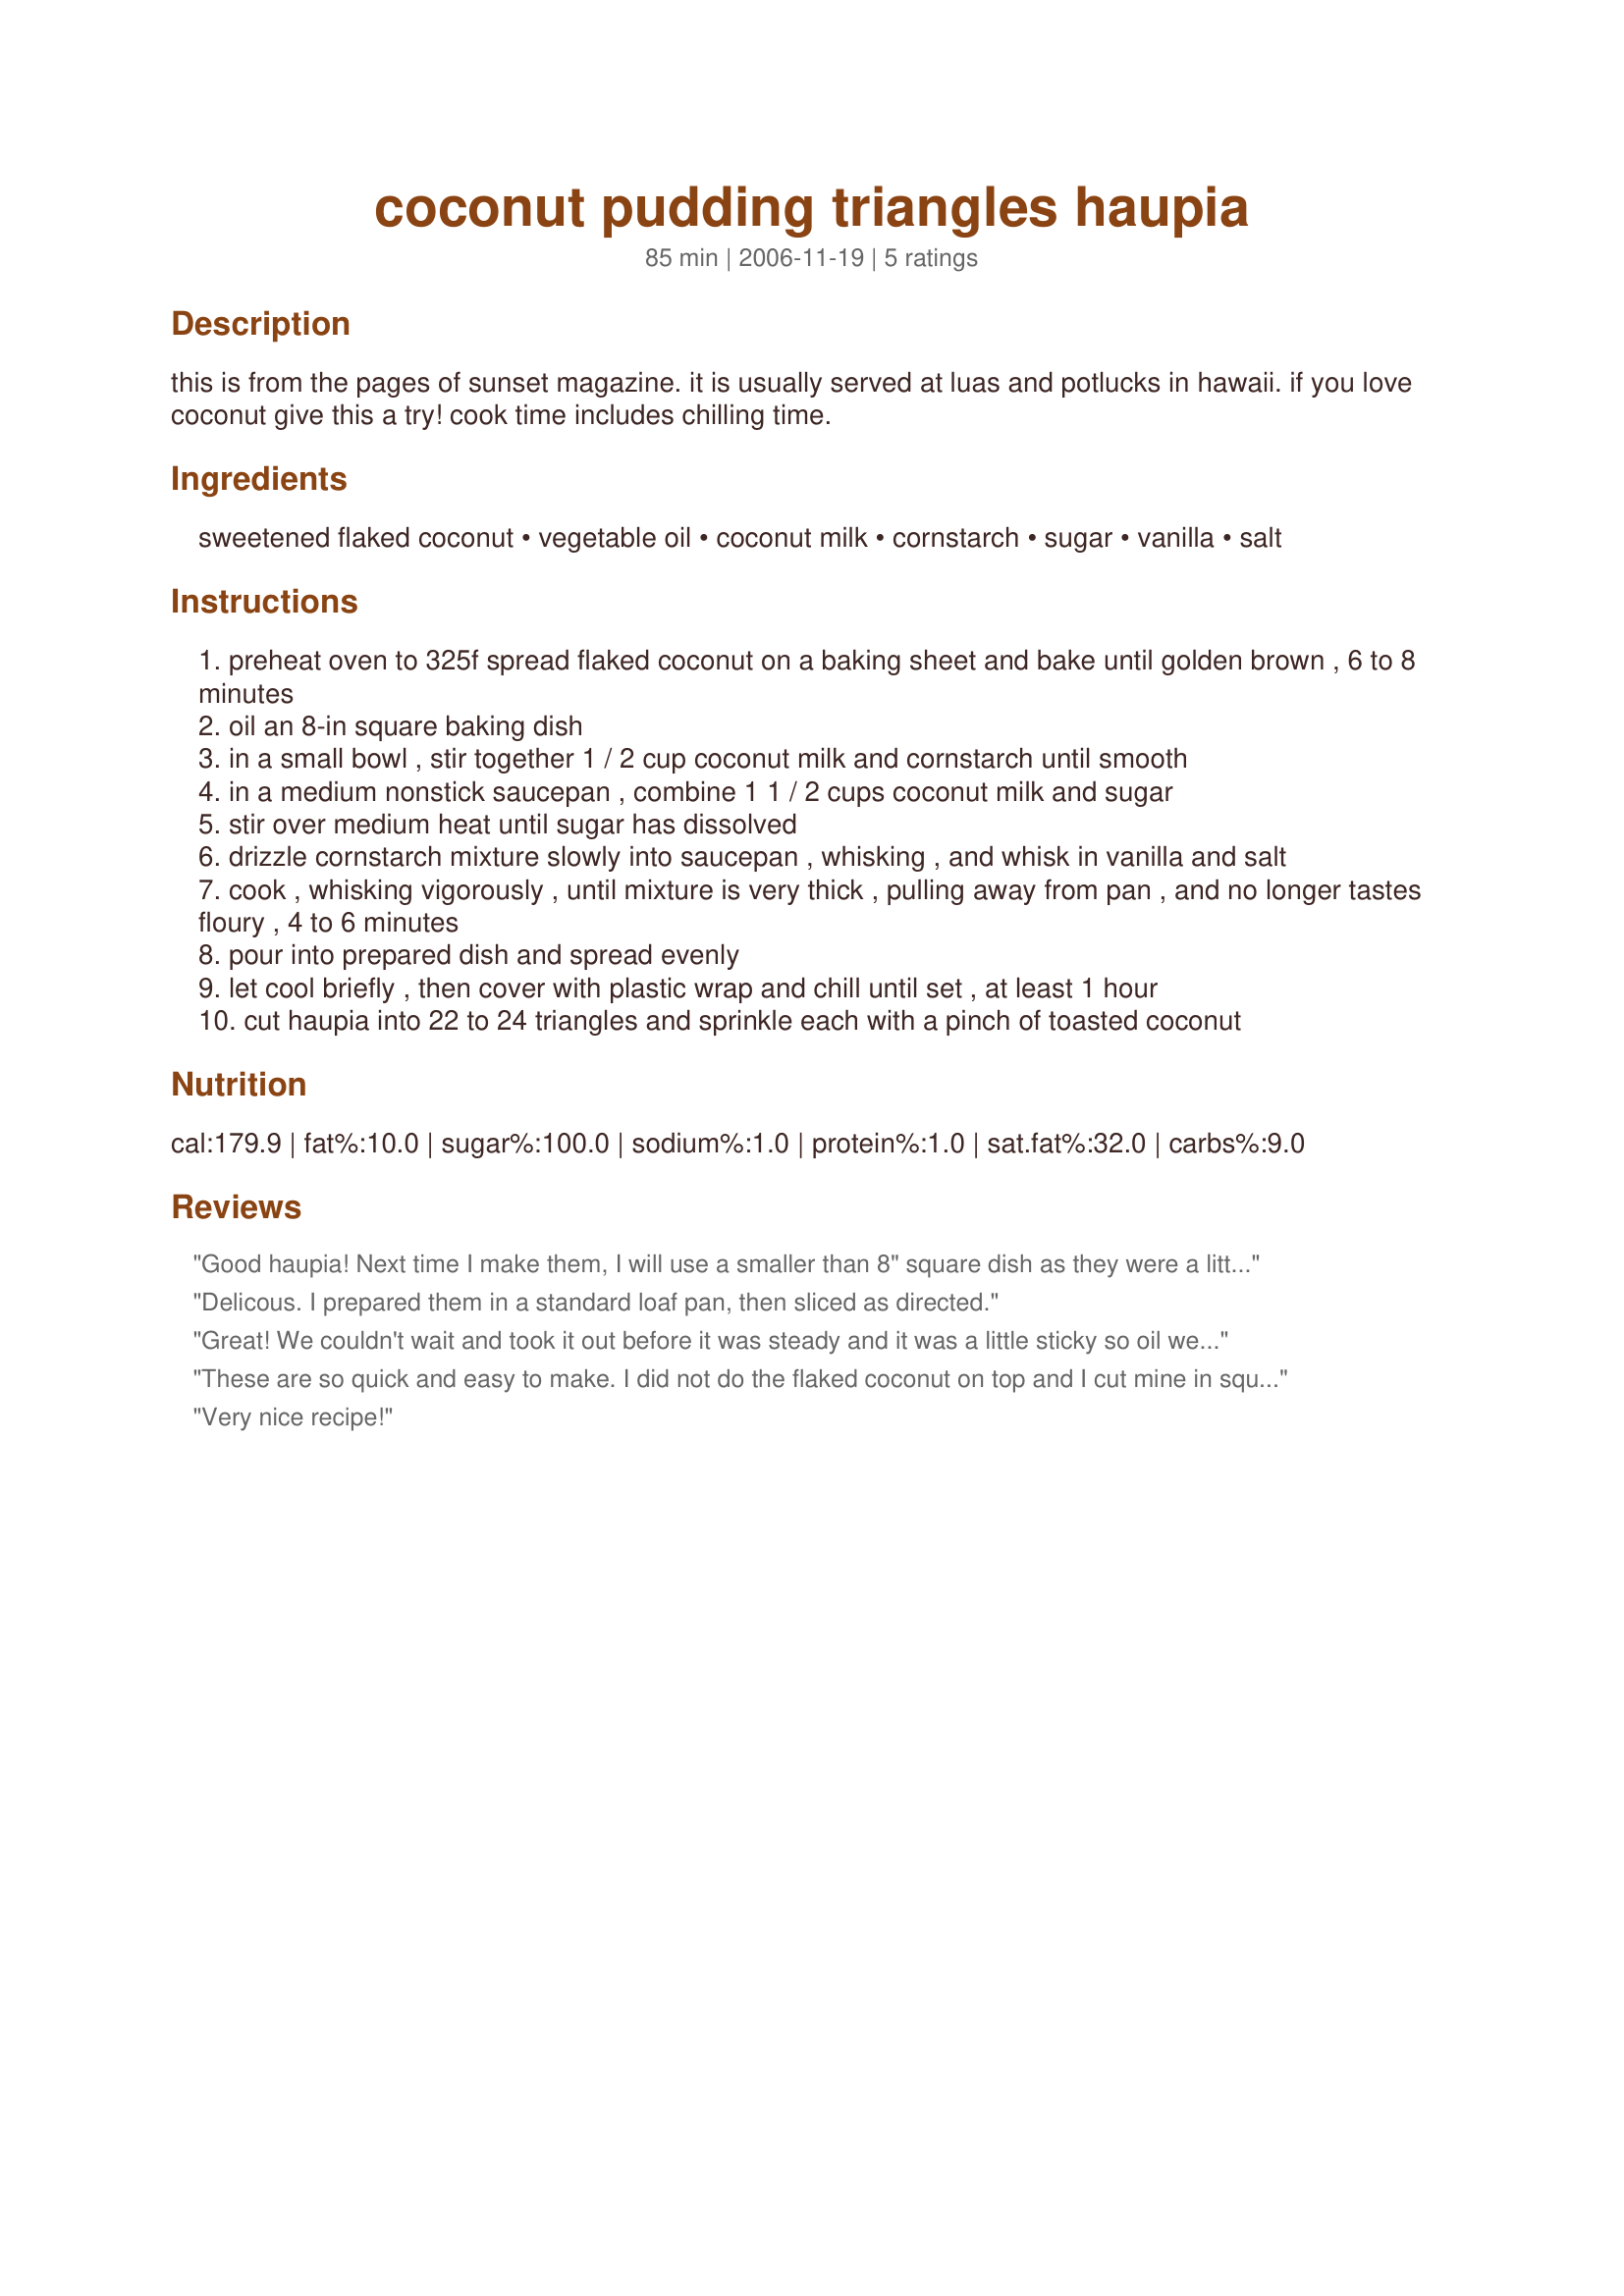
coconut pudding triangles haupia
Preparation time: 85 minutes

this is from the pages of sunset magazine. it is usually served at luas and potlucks in hawaii. if you love coconut give this a try! cook time includes chilling time.

Ingredients:
sweetened flaked coconut, vegetable oil, coconut milk, cornstarch, sugar, vanilla, salt

Steps:
preheat oven to 325f spread flaked coconut on a baking sheet and bake until golden brown , 6 to 8 minutes
oil an 8-in square baking dish
in a small bowl , stir together 1 / 2 cup coconut milk and cornstarch until smooth
in a medium nonstick saucepan , combine 1 1 / 2 cups coconut milk and sugar
stir over medium heat until sugar has dissolved
drizzle cornstarch mixture slowly into saucepan , whisking , and whisk in vanilla and salt
cook , whisking vigorously , until mixture is very thick , pulling away from pan , and no longer tastes floury , 4 to 6 minutes
pour into prepared dish and spread evenly
let cool briefly , then cover with plastic wrap and chill until set , at least 1 hour
cut haupia into 22 to 24 triangles and sprinkle each with a pinch of toasted coconut

Reviews:
Good haupia! Next time I make them, I will use a smaller than 8" square dish as they were a little flatter (floppier) than I would have liked. They ended up just slightly over 1/2 inch. I would also skip the toasted coconut. It makes a pretty garnish and intensifies the flavor a bit, but it doesn't stick to the finished product. I think if I wanted to use it I would try sprinkling the toasted coconut over before it is chilled while the top is still soft enough for it to sink in a bit. It was the perfect ending for a home-cooked pulled pork dinner.
Delicous. I prepared them in a standard loaf pan, then sliced as directed.
Great! We couldn't wait and took it out before it was steady and it was a little sticky so oil well the dish! Amazing and easy vegan desert, will def. make again but this time will have more patience! Thanks!!
These are so quick and easy to make. I did not do the flaked coconut on top and I cut mine in squares. But both husband and myself love them, they are a great dessert that is not to sweet. I now keep a tin of coconut milk if the cupboard for that quick treat.
Very nice recipe!
